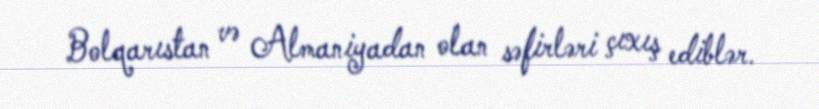
Bolqarıstan və Almaniyadan olan səfirləri çıxış ediblər.